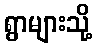
ရွာများသို့